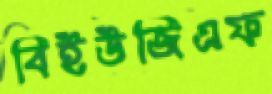
বিইউজিএফ